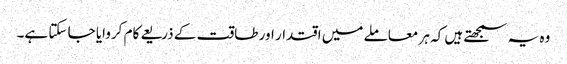
وہ یہ سمجھتے ہیں کہ ہر معاملے میں اقتدار اور طاقت کے ذریعے کام کروایا جا سکتا ہے۔